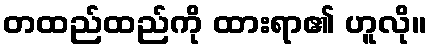
တထည်ထည်ကို ထားရာ၏ ဟူလို။